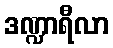
ဒဏ္ဍာရီလာ